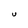
Character: U